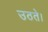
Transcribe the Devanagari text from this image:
उठते।